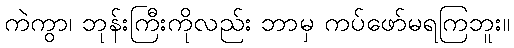
ကဲကွာ၊ ဘုန်းကြီးကိုလည်း ဘာမှ ကပ်ဖော်မရကြဘူး။